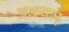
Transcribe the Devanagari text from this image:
अन्त्यम्